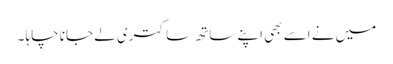
میں نے اسے بھی اپنے ساتھ ساکتری لے جانا چاہا ۔